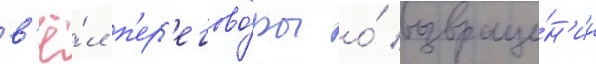
в'ё́л п'ер'егово́ры о́ возвраще́н'ии